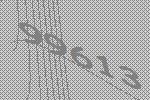
99613